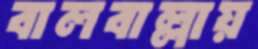
বালবাল্লায়